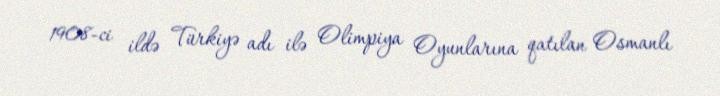
1908-ci ildə Türkiyə adı ilə Olimpiya Oyunlarına qatılan Osmanlı